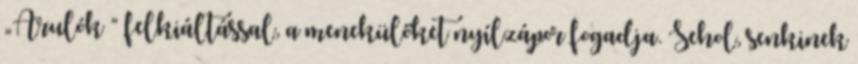
„Árulók ” felkiáltással, a menekülőket nyílzápor fogadja. Sehol, senkinek